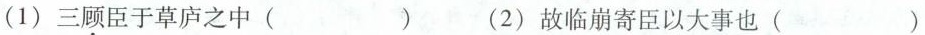
(1)三顾臣于草庐之中( )(2)故临崩寄臣以大事也( )